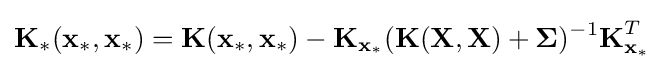
{\textbf {K}}_{*}({\textbf {x}}_{*},{\textbf {x}}_{*})={\textbf {K}}({\textbf {x}}_{*},{\textbf {x}}_{*})-{\textbf {K}}_{{\textbf {x}}_{*}}({\textbf {K}}({\textbf {X}},{\textbf {X}})+{\boldsymbol {\Sigma }})^{-1}{\textbf {K}}_{{\textbf {x}}_{*}}^{T}